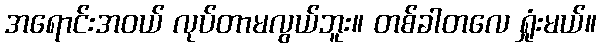
အရောင်းအဝယ် လုပ်တာမလွယ်ဘူး။ တစ်ခါတလေ ရှုံးမယ်။